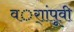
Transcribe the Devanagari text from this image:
वर्ाांपूवी